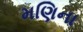
મણિના